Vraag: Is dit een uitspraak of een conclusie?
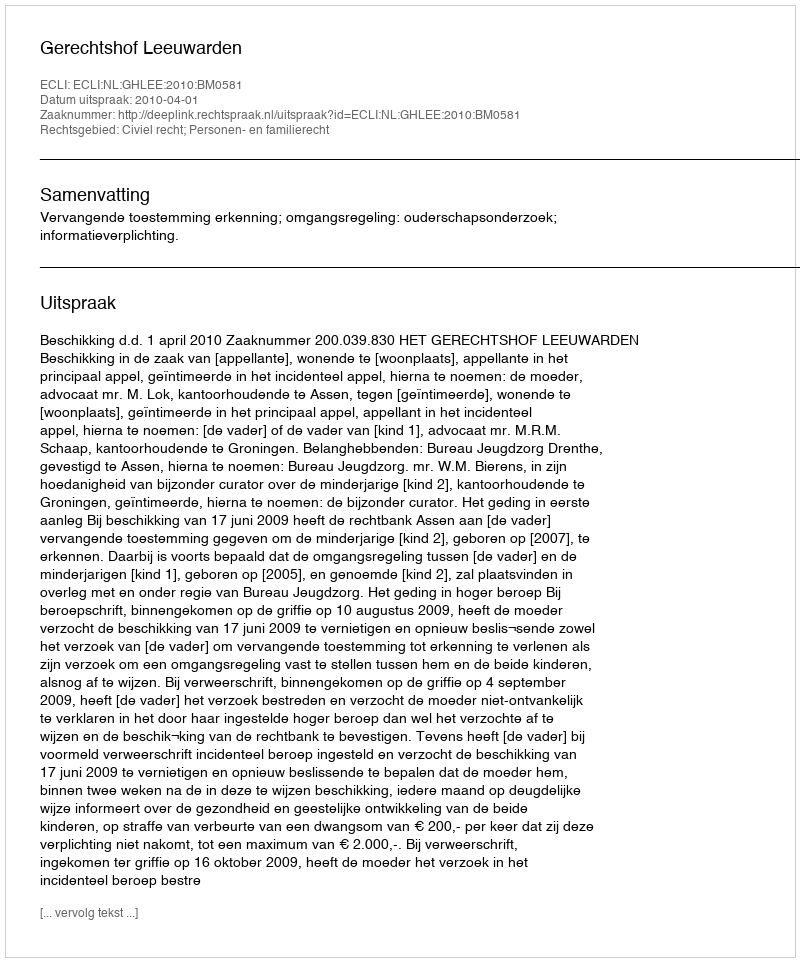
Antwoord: Uitspraak